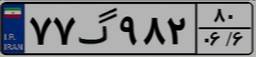
۷۷گ۹۸۲۸۰